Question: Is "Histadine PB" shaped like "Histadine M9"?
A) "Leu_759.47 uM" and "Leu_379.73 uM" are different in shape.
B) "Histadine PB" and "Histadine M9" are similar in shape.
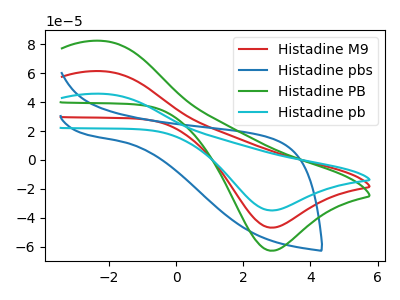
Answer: <think>The red curve "Histadine M9" has an anodic peak at (-2.20V, 61.25uA) and a cathodic peak at (2.85V, -46.70uA). The blue curve "Histadine pbs" has no peaks. The green curve "Histadine PB" has an anodic peak at (-2.20V, 82.15uA) and a cathodic peak at (2.85V, -62.60uA). The cyan curve "Histadine pb" has an anodic peak at (-2.20V, 122.50uA) and a cathodic peak at (2.85V, -93.40uA).
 All the peaks in "Histadine PB" have a peak in "Histadine M9" at the same potential. Every peak in "Histadine PB" is higher than every peak in "Histadine M9".</think>
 <answer>B) "Histadine PB" and "Histadine M9" are similar in shape.</answer>
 <eval>B</eval>